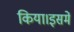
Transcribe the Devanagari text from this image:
किया।इसमें